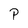
Character: P